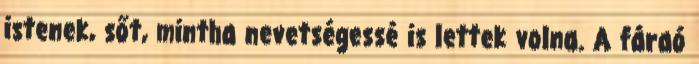
istenek, sőt, mintha nevetségessé is lettek volna. A fáraó